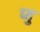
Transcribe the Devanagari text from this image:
प्यु